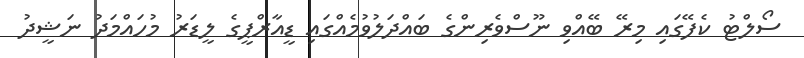
ސޯލްޓު ކެފޭގައި މިރޭ ބޭއްވި ނޫސްވެރިންގެ ބައްދަލުވުމެއްގައި ޑީއާރްޕީގެ ލީޑަރު މުހައްމަދު ނަޝީދު